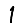
Digit: 1